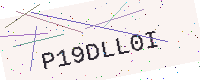
Text: P19DLL0I